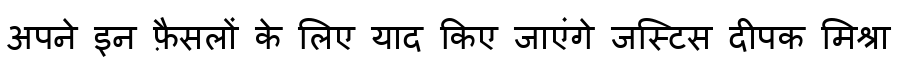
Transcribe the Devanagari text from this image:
अपने इन फ़ैसलों के लिए याद किए जाएंगे जस्टिस दीपक मिश्रा